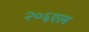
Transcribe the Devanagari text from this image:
२०६एल